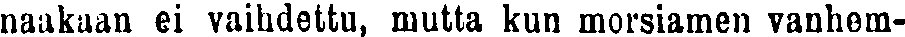
naakaan ei vaihdettu, mutta kun morsiamen vanhem-